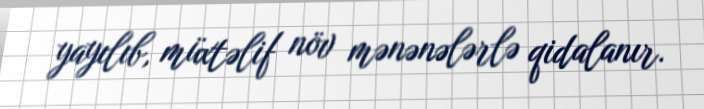
yayılıb, müxtəlif növ mənənələrlə qidalanır.